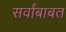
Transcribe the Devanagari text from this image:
सर्वांबाबत